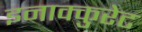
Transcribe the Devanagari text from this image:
इनाक्कुरेट